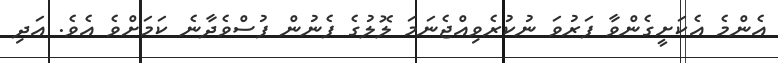
އެންމެ އެކަށީގެންވާ ފަރުވަ ނުކުރެވިއްޖެނަމަ ލޮލުގެ ފެނުން ފުސްވެދާނެ ކަމަށްވެ އެވެ. އަދި